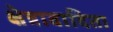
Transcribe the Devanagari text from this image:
क्षेत्रावादिता